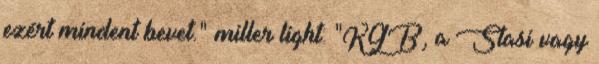
ezért mindent bevet." miller light: "KGB, a Stasi vagy